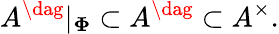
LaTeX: A^{\dag}|_{\mathbf\Phi}\subset A^{\dag}\subset A^{\times}.